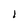
Character: l